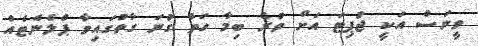
ވީނަސް އަކީ ޖުޕިޓަ އަށް ވުރެ ބިމާ ހަތް ގުނަ ގާތުގައިވާ ޕްލެނެޓެއް